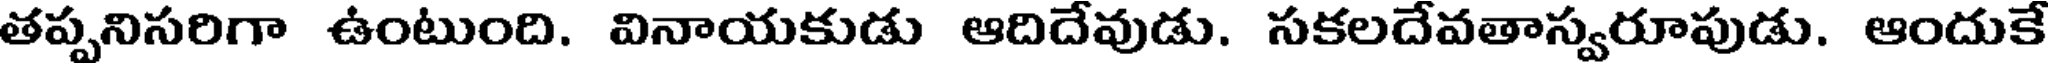
తప్పనిసరిగా ఉంటుంది. వినాయకుడు ఆదిదేవుడు. సకలదేవతాస్వరూపుడు. ఆందుకే